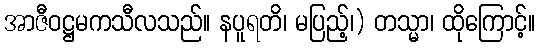
အာဇီဝဋ္ဌမကသီလသည်။ နပူရတိ၊ မပြည့်၊) တသ္မာ၊ ထိုကြောင့်။